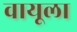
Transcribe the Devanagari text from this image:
वायूला